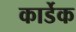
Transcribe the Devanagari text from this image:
कार्डेक